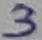
Text: 3